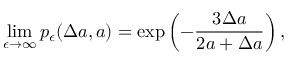
\operatorname* { l i m } _ { \epsilon \to \infty } p _ { \epsilon } ( \Delta a , a ) = \exp \left( - \frac { 3 \Delta a } { 2 a + \Delta a } \right) ,